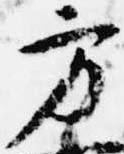
方